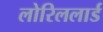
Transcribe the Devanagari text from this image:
लोरिललार्ड